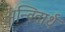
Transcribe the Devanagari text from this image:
अन्वितार्थ